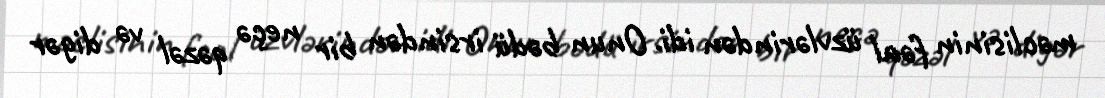
məclisinin fəal üzvlərindən idi. Onun bədü irsindən bir neçə qəzəl və digər